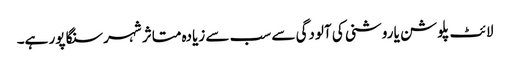
لائٹ پلوشن یا روشنی کی آلودگی سے سب سے زیادہ متاثر شہر سنگا پور ہے۔